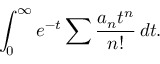
\int _ { 0 } ^ { \infty } e ^ { - t } \sum { \frac { a _ { n } t ^ { n } } { n ! } } \, d t .